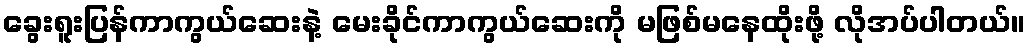
ခွေးရူးပြန်ကာကွယ်ဆေးနဲ့ မေးခိုင်ကာကွယ်ဆေးကို မဖြစ်မနေထိုးဖို့ လိုအပ်ပါတယ်။